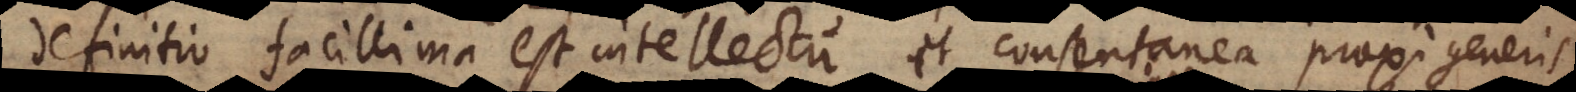
definitio facillima est intellectu, et consentanea praxi generis